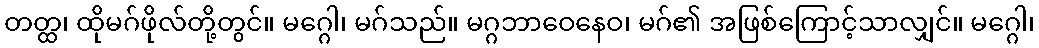
တတ္ထ၊ ထိုမဂ်ဖိုလ်တို့တွင်။ မဂ္ဂေါ၊ မဂ်သည်။ မဂ္ဂဘာဝေနေဝ၊ မဂ်၏ အဖြစ်ကြောင့်သာလျှင်။ မဂ္ဂေါ၊